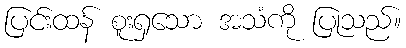
ပြင်းထန် စူးရှသော အသံကို ပြုသည်။